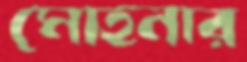
মোহনার